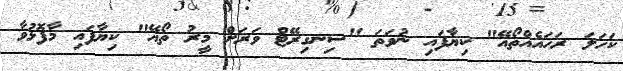
ކަހަލަ ރަހައެއްތޯއޭ" ކިޔާފައި ނުވަތަ "ސިނގިރޭޓް ވަރަށް މީރު ތޯއޭ" ކިޔާފައި މާފޮޅުވާ